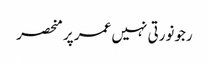
رجونورتی نہیں عمر پر منحصر